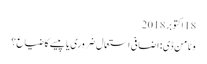
18 اکتوبر 2018
وٹامن ڈی: اضافی استعمال ضروری یا پیسے کا ضیاع؟